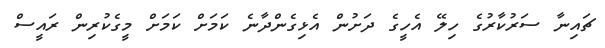
ޗައިނާ ސަރުކާރުގެ ހިލޭ އެހީގެ ދަށުން އެޅިގެންދާނެ ކަމަށް ކަމަށް މީގެކުރިން ރައީސް